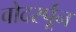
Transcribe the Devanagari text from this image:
वोदर्स्पून